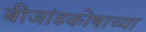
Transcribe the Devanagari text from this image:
बीजांडकोषाच्या